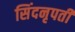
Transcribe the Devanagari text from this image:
सिंदनृपती